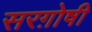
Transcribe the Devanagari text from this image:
सरग़ोषी